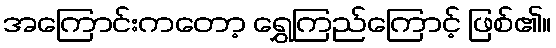
အကြောင်းကတော့ ရွှေကြည်ကြောင့် ဖြစ်၏။